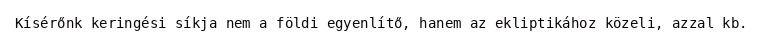
Kísérőnk keringési síkja nem a földi egyenlítő, hanem az ekliptikához közeli, azzal kb.